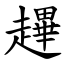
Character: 䟆